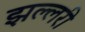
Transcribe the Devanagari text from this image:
झल्लरी